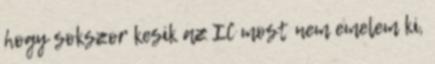
hogy sokszor kesik az IC most nem emelem ki,